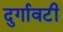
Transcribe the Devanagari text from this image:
दुर्गावटी